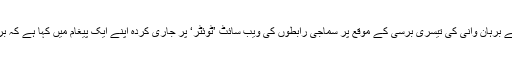
پاکستان کے دفتر خارجہ کے ترجمان ڈاکٹر محمد فیصل نے برہان وانی کی تیسری برسی کے موقع پر سماجی رابطوں کی ویب سائٹ ’ٹوئٹر‘ پر جاری کردہ اپنے ایک پیغام میں کہا ہے کہ برہان وانی دنیا سے چلے گئے لیکن عوام کے دلوں میں ہیں۔